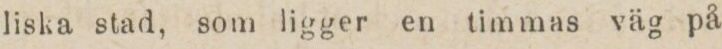
liska stad, som ligger en timmas väg på